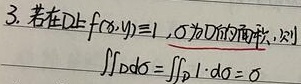
3. 若在\(D\)上\(f(x,y)\equiv 1\)，\(\sigma\)为\(D\)的面积，则
\[\iint_{D}d\sigma=\iint_{D}1\cdot d\sigma=\]